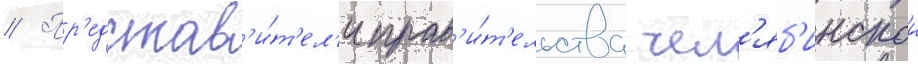
// Пр'едстав'и́т'ел'и прав'и́т'ельства чел'яб'инскои